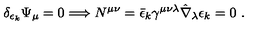
\delta _ { \epsilon _ { k } } \Psi _ { \mu } = 0 \Longrightarrow N ^ { \mu \nu } = \bar { \epsilon } _ { k } \gamma ^ { \mu \nu \lambda } \hat { \nabla } _ { \lambda } \epsilon _ { k } = 0 \ .